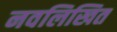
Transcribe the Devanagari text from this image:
नवलिखित